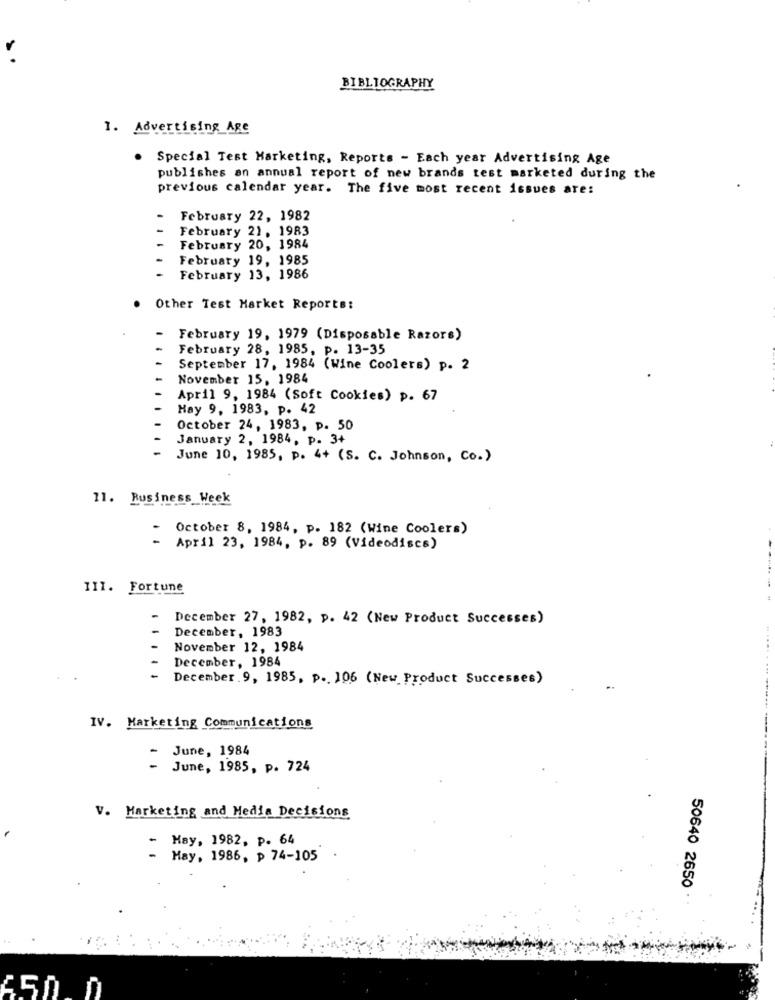
..
BIBLIOGRAPHY
1. Advertising Age
Special Test Marketing, Reports - Each year Advertising Age
publishes an annual report of new brands test marketed during the
previous calendar year. The five most recent issues are:
February 22, 1982
February 21, 1983
February 20, 1984
February 19, 1985
February 13, 1986
Other Test Market Reports:
February 19, 1979 (Disposable Razors)
February 28, 1985, p. 13-35
September 17, 1984 (Wine Coolers) p. 2
November 15, 1984
April 9, 1984 (Soft Cookies) p. 67
Hay 9, 1983, p. 42
October 24, 1983, p. 50
January 2, 1984, p. 3+
June 10, 1985, p. 4+ (S. C. Johnson, Co.)
11. Business Week
October 8, 1984, p. 182 (Wine Coolers)
April 23, 1984, p. 89 (Videodiscs)
111. Fortune
-
December 27, 1982, p. 42 (New Product Successes)
December, 1983
November 12, 1984
December, 1984
December.9, 1985, p .. 106 (New Product Successes)
IV. Marketing Communications
June, 1984
-
June, 1985, p. 724
V. Marketing and Media Decisions
Hay, 1982, p. 64
May, 1986, p 74-105
50640 2650